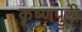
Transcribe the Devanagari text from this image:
कृष्णपुरी